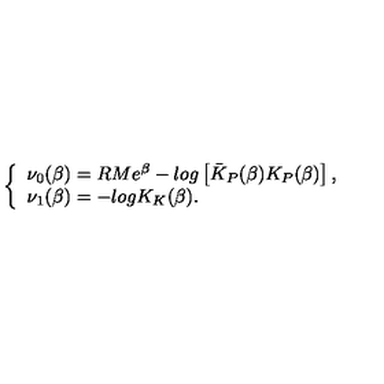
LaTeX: \left\{ \begin{array} { l } { \nu _ { 0 } ( \beta ) = R M e ^ { \beta } - l o g \left[ \bar { K } _ { P } ( \beta ) K _ { P } ( \beta ) \right] , } \\ { \nu _ { 1 } ( \beta ) = - l o g K _ { K } ( \beta ) . } \\ \end{array} \right.